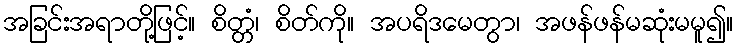
အခြင်းအရာတို့ဖြင့်။ စိတ္တံ၊ စိတ်ကို။ အပရိဒမေတွာ၊ အဖန်ဖန်မဆုံးမမူ၍။